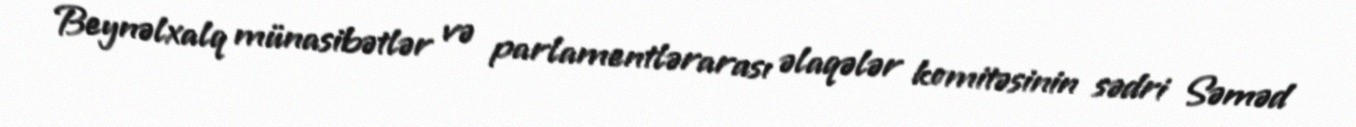
Beynəlxalq münasibətlər və parlamentlərarası əlaqələr komitəsinin sədri Səməd